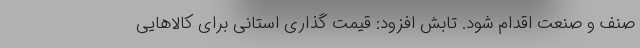
صنف و صنعت اقدام شود. تابش افزود: قیمت گذاری استانی برای کالاهایی